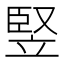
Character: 竪